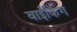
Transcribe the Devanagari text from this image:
वाईकिंग